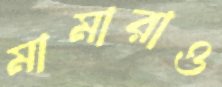
মামারাও